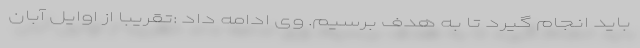
باید انجام گیرد تا به هدف برسیم. وی ادامه داد :تقریباً از اوایل آبان